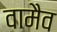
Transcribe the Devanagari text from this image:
वामैव